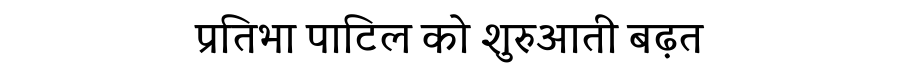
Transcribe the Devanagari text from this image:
प्रतिभा पाटिल को शुरुआती बढ़त